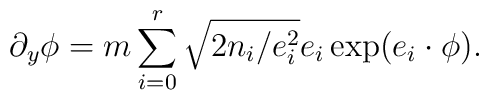
\partial _{y}\phi =m\sum_{i=0}^{r}\sqrt{2n_{i}/e_{i}^{2}}e_{i}\exp(e_{i}\cdot \phi ).